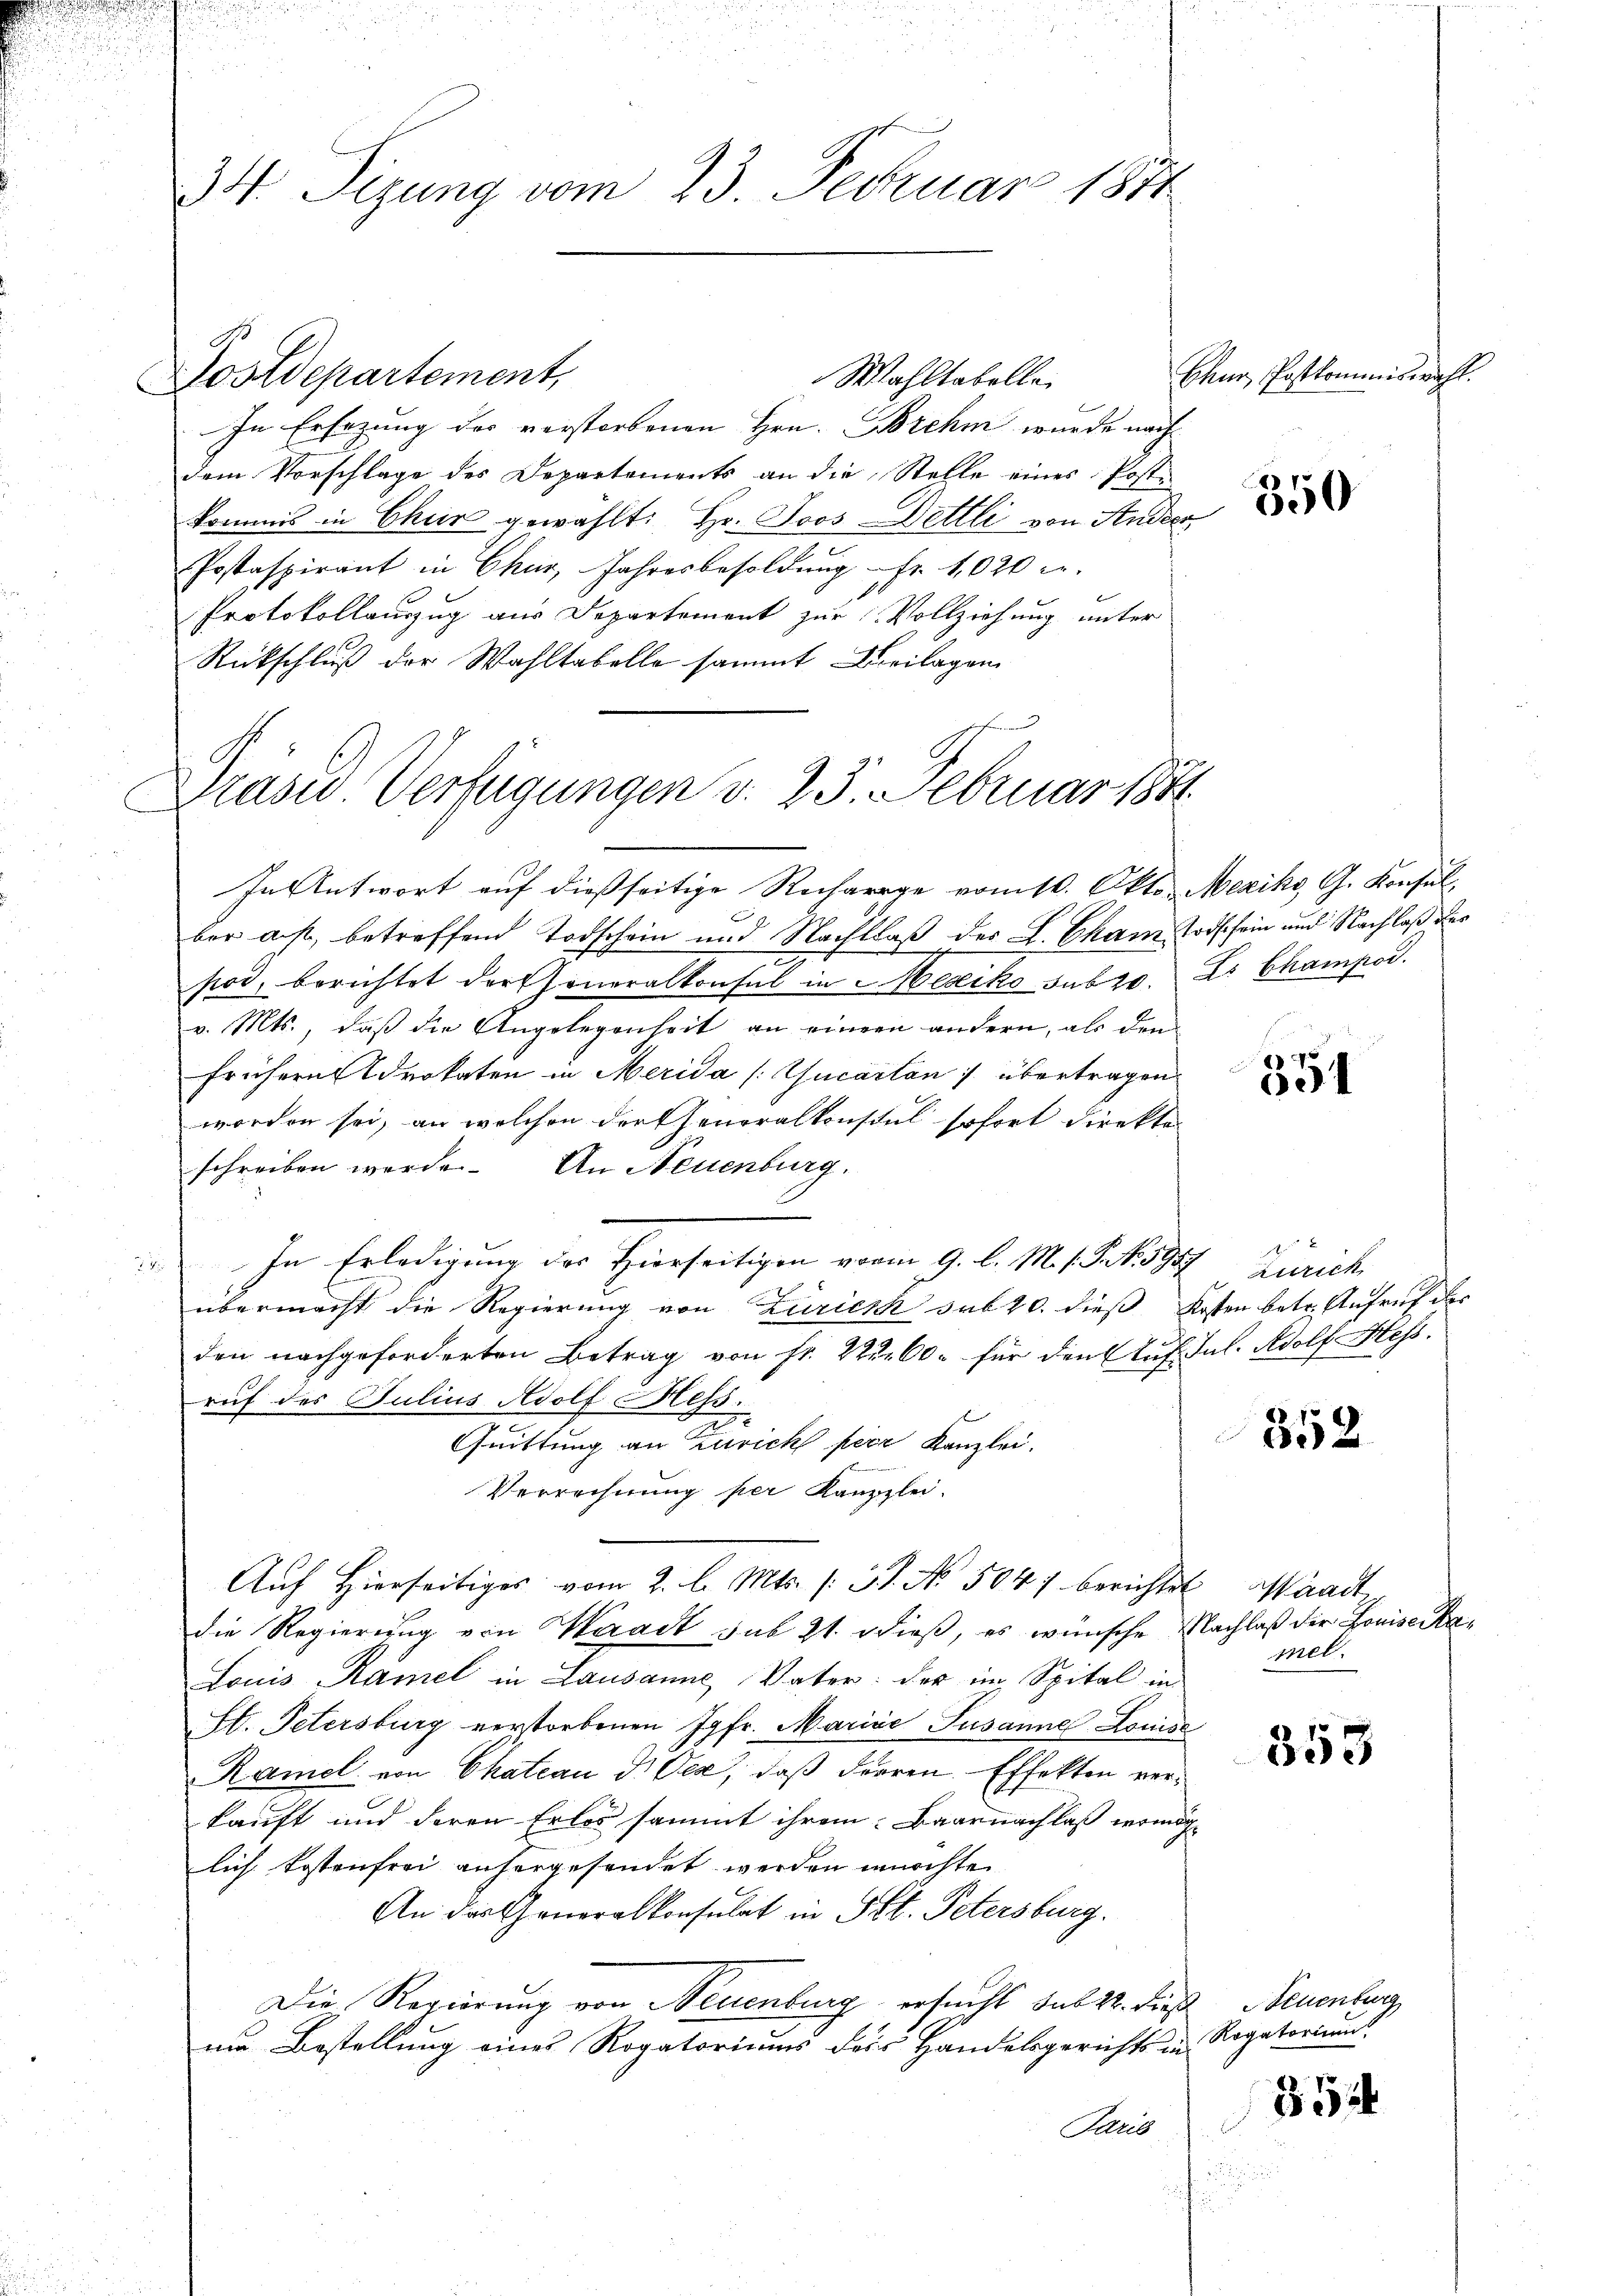
34 Sizung vom 23. Februar 1881

Wahltabelle.
In Ersezung des verstorbenen Hrn. Brehm wurde nach
dem Vorschlage des Departements an die Stelle eines Post-
kommis in Chur gewählt: Hr. Joos-Dettli von Studen
Postaspirant in Chur, Jahresbesoldŭng Fr. 1020 l.
Protokollauszug aus Departement zur Vollziehung unter
Rückschluß der Wahltabelle sammt Curilagen
In Antwort auf dießseitige Recharge vom 10. Okto. Mexiko G. Konsul
ber ast, betreffend Todschein und Nachlaß der L. Cham Todschein und Nachlaß des
pos, berichtet der Generalkonsul in Mesiko sub 20. Es Champod.
v. Mts., daß die Angelegenheit an einem andern, als den
frühern Brokaten in Merida /:Gucarten :/ übertragen
worden sei, an welchen der Generalkonsul sofort direktor
schreiben werde. An Neuenburg.
In Erledigung des Hierseitigen vom 9. l. M. s. S. N. 5957 Zürich
übermacht die Regierung von Züricsch sub 20. dieß Kosten betr. Aufruf des
den nachgeforderten Betrag von fr. 22. 60. für den Auf Jal. Adolf Hess
ruf des Julius Adolf Hess.
x
Quittung an Zürich per Kanzlei.
Verrechnung per Kanzlei.
Auf Hierseitiges vom 2. l. Mts. (: St. No. 504) berichtet sandter
die Regierung von Waadt sub 21. dieß, es wünsche Nachlaß der Louise Sa¬
Louis Ramel in Lausanne, Vater: der im Spital in
Hl. Petersburg verstorbenen Jgfr. Marico Susanne Louise
Ramel von Chateau d. Oea, daß Furren. Effekten verkauft und deren Erlos sammt ihrem Baarnachlaß vermög
liche Kostenfrei anhergesendet werden würchte.
An das Generalkonsulat in St. Petersburg.
Die Regierung von Neuenburg ersucht sub 22. Die Neuenburg
um Bestellung eines Rogatoriums der Handelsgerichts in Rogatoriums
Paris

Dostdepartement,

x
Präsid.. Verfügungen v. 23. Februar 1871

Chur, Postkommiswahl.

8
600

8
651

352

mel.

353

854